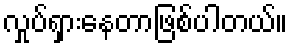
လှုပ်ရှားနေတာဖြစ်ပါတယ်။